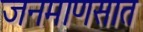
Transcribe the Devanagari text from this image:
जनमाणसात